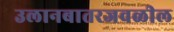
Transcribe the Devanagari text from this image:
उलानबातरजवळील